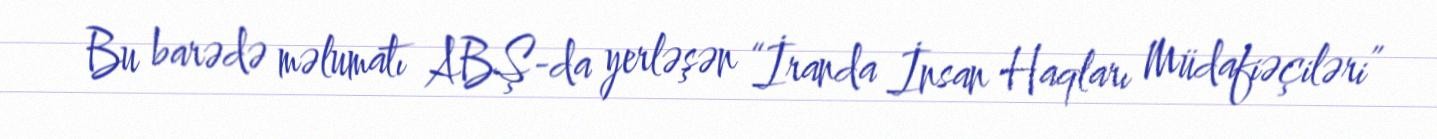
Bu barədə məlumatı ABŞ-da yerləşən “İranda İnsan Haqları Müdafiəçiləri”